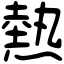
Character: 熱